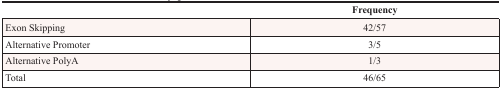
<table><thead><tr><td></td><td><b>Frequency</b></td></tr></thead><tbody><tr><td>Exon Skipping</td><td>42/57</td></tr><tr><td>Alternative Promoter</td><td>3/5</td></tr><tr><td>Alternative PolyA</td><td>1/3</td></tr><tr><td>Total</td><td>46/65</td></tr></tbody></table>